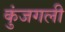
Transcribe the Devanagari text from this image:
कुंजगली